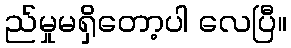
ည်မှုမရှိတော့ပါ လေပြီ။